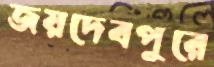
জয়দেবপুরে